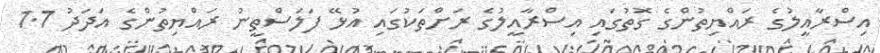
އިސްރާއީލުގެ ރައްޔިތުންގެ ގޮތުގައި އިސްރާއީލުގެ ރަށްތަކުގައި އުޅޭ ފަލަސްތީނު ރައްޔިތުންގެ އަދަދު 1.7